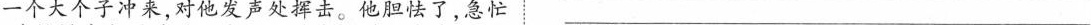
一个大个子冲 ，对他发声处挥击。他胆怯了，急忙___